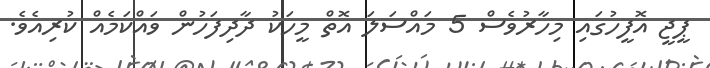
ޕީޖީ އޮފީހުގައި މިހާރުވެސް 5 މައްސަލަ އޮތް މީހަކު ދާދިފަހުން ވައްކަމެއް ކުރިއެވެ.